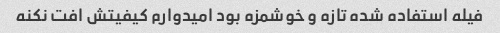
فیله استفاده شده تازه و خوشمزه بود امیدوارم کیفیتش افت نکنه